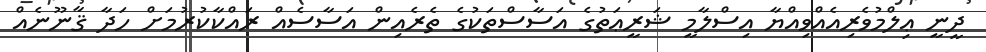
ދީނީ ޢިލްމުވެރިއެއްވިއްޔާ އިސްލާމީ ޝަރީޢަތުގެ އަސާސްތަކުގެ ތެރެއިން އަސާސެއް ރައްކާކުރުމަށް ހަދާ ޤާނޫނެއް